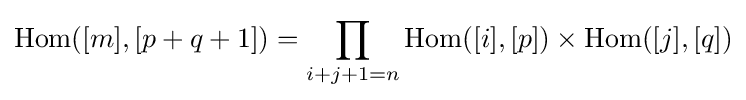
\operatorname {Hom} ([m],[p+q+1])=\prod _{i+j+1=n}\operatorname {Hom} ([i],[p])\times \operatorname {Hom} ([j],[q])